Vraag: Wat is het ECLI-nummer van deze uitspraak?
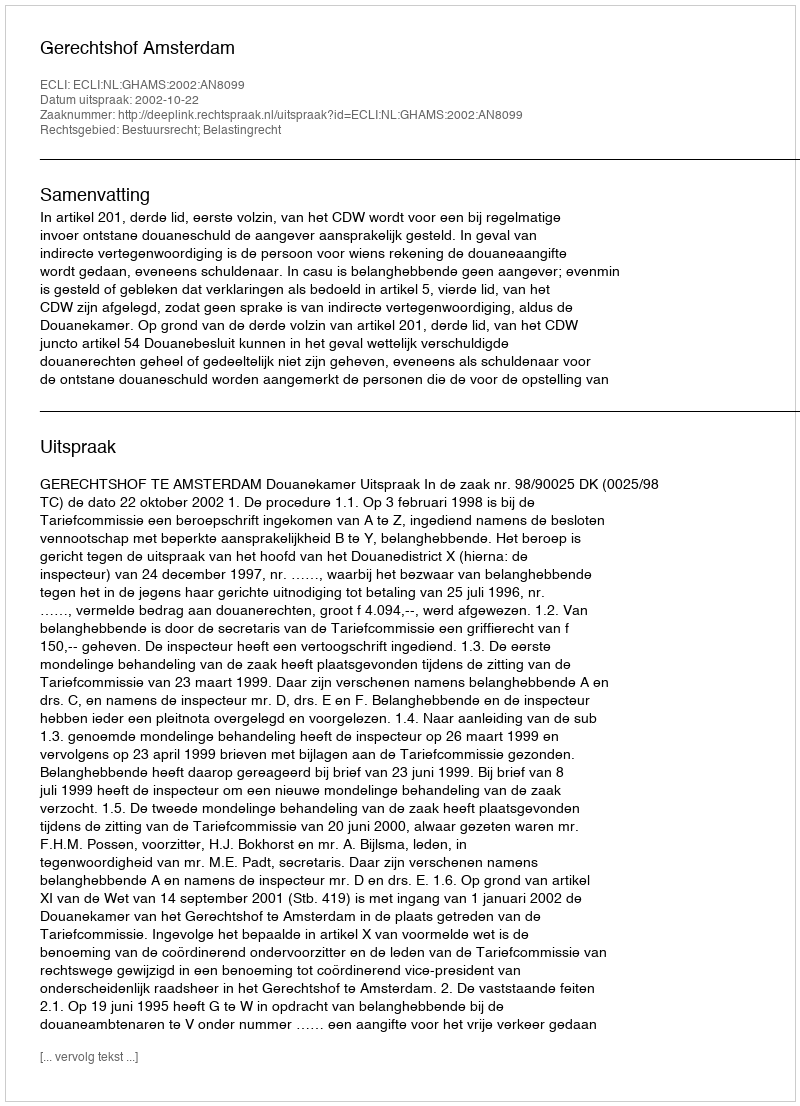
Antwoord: ECLI:NL:GHAMS:2002:AN8099